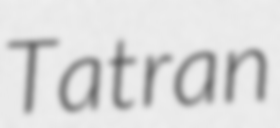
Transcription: Tatran